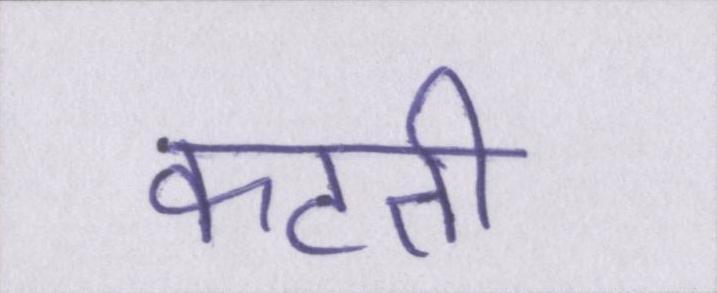
कटती